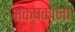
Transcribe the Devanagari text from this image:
भक्षकांना